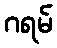
ဂရမ်